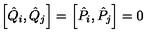
\left[ \hat { Q } _ { i } , \hat { Q } _ { j } \right] = \left[ \hat { P } _ { i } , \hat { P } _ { j } \right] = 0